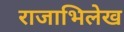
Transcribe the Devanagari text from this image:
राजाभिलेख